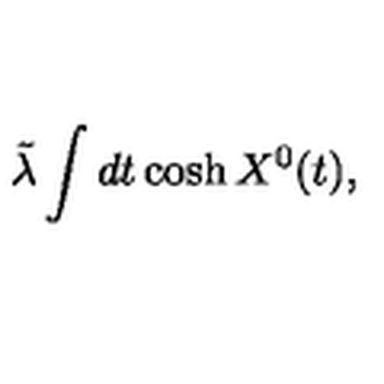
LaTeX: \tilde { \lambda } \int d t \cosh X ^ { 0 } ( t ) ,